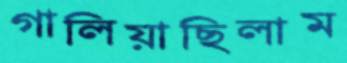
গালিয়াছিলাম